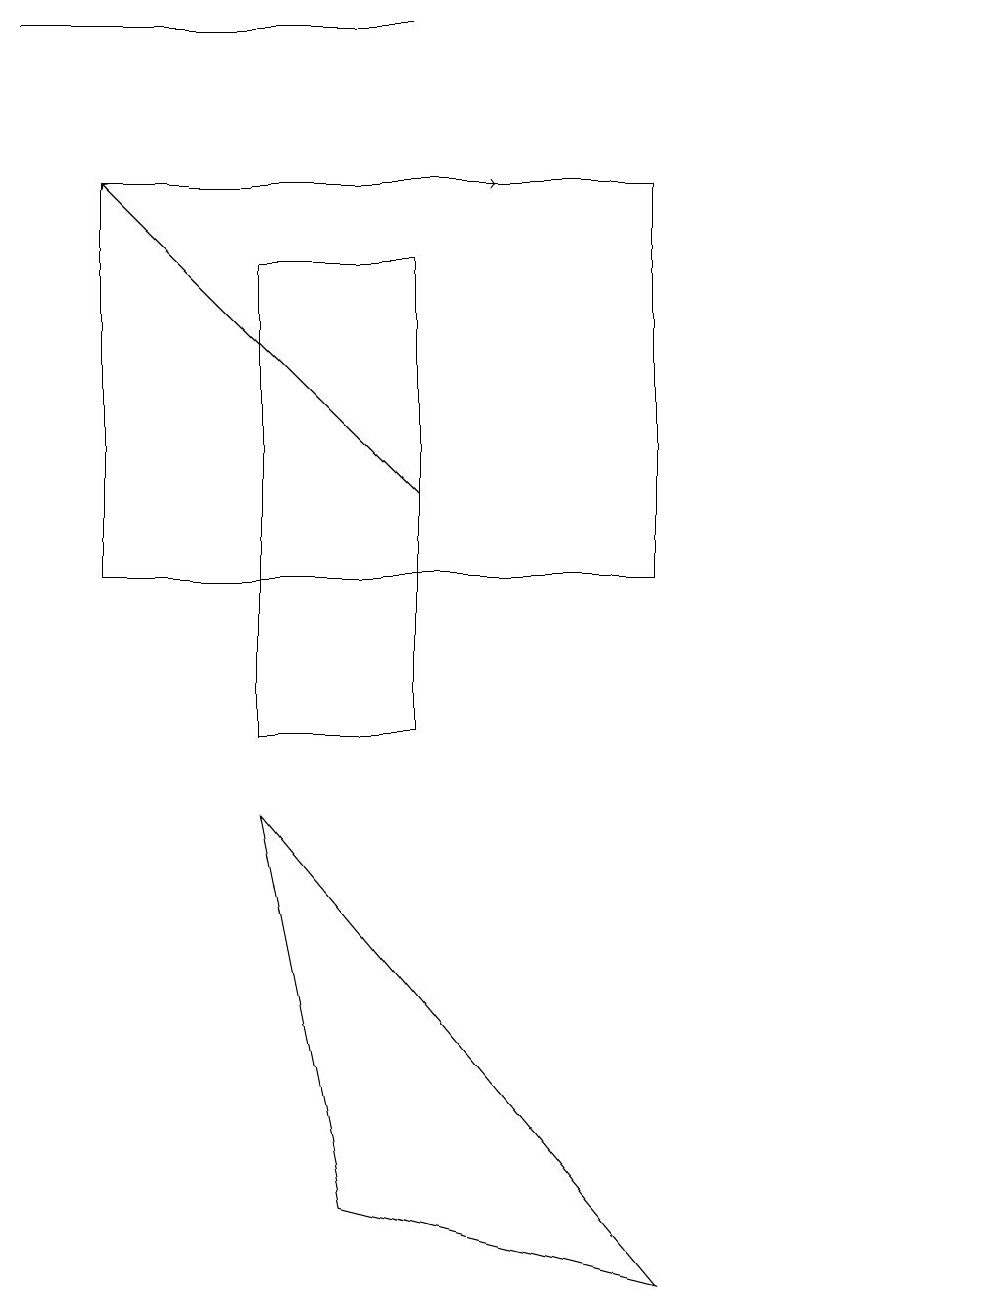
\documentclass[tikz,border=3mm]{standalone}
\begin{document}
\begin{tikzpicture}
\draw[->] (2,17) -- (6,17);
\draw (5,19) rectangle (0,19);
\draw (1,17) rectangle (8,12);
\draw[->] (5,13) -- (1,17);
\draw (12,12) circle (0);
\draw (8,3) -- (3,9) -- (4,4) -- cycle;
\draw (3,16) rectangle (5,10);
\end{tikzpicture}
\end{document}